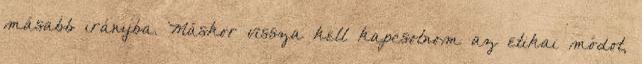
másabb irányba. Máskor vissza kell kapcsolnom az etikai módot,